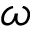
\omega